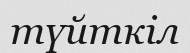
түйткіл